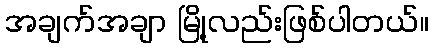
အချက်အချာ မြို့လည်းဖြစ်ပါတယ်။